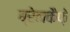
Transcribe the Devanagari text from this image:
ब्रेनकैफ़े